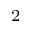
^ 2